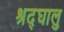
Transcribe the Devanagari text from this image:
श्रद्घालु